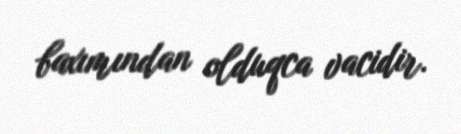
baxımından olduqca vacidir.